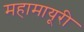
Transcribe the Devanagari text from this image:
महामायूरी